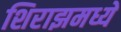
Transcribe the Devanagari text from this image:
शिराझमध्ये